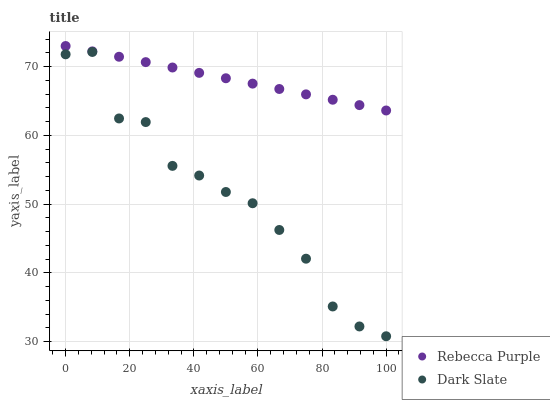
| xaxis_label | Rebecca Purple | Dark Slate |
 | --- | --- | --- |
 | 0 | 73 | 71.8 |
 | 8.33 | 72.2 | 72.1 |
 | 16.7 | 71.4 | 62.5 |
 | 25 | 70.7 | 61.9 |
 | 33.3 | 69.9 | 55.6 |
 | 41.7 | 69.1 | 54.2 |
 | 50 | 68.3 | 51.8 |
 | 58.3 | 67.5 | 50.1 |
 | 66.7 | 66.7 | 46.2 |
 | 75 | 66 | 42.1 |
 | 83.3 | 65.2 | 35.1 |
 | 91.7 | 64.4 | 32.2 |
 | 100 | 63.6 | 30.8 |